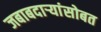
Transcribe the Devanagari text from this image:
जबाबदाऱ्यांसोबत